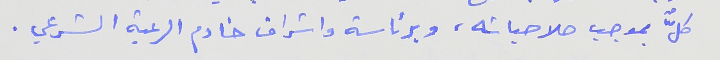
كلٌّ بموجب صلاحياته، وبرئاسة واشراف خادم الرعية الشرعي .